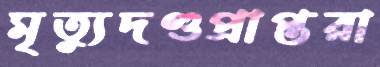
মৃত্যুদণ্ডপ্রাপ্তরা